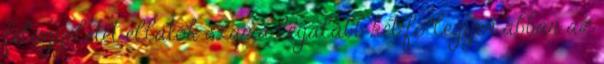
felügyeletet ellátók száma legalább két fõ legyen abban az